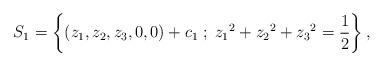
LaTeX: \begin{align*}S_1= \left\lbrace (z_1,z_2,z_3,0,0)+c_1 \; ; \; {z_1}^{2} + {z_2}^{2} + {z_3}^{2}=\frac{1}{2} \right\rbrace,\end{align*}